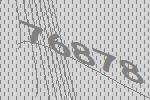
76878